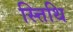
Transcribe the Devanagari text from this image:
स्त्तिथि